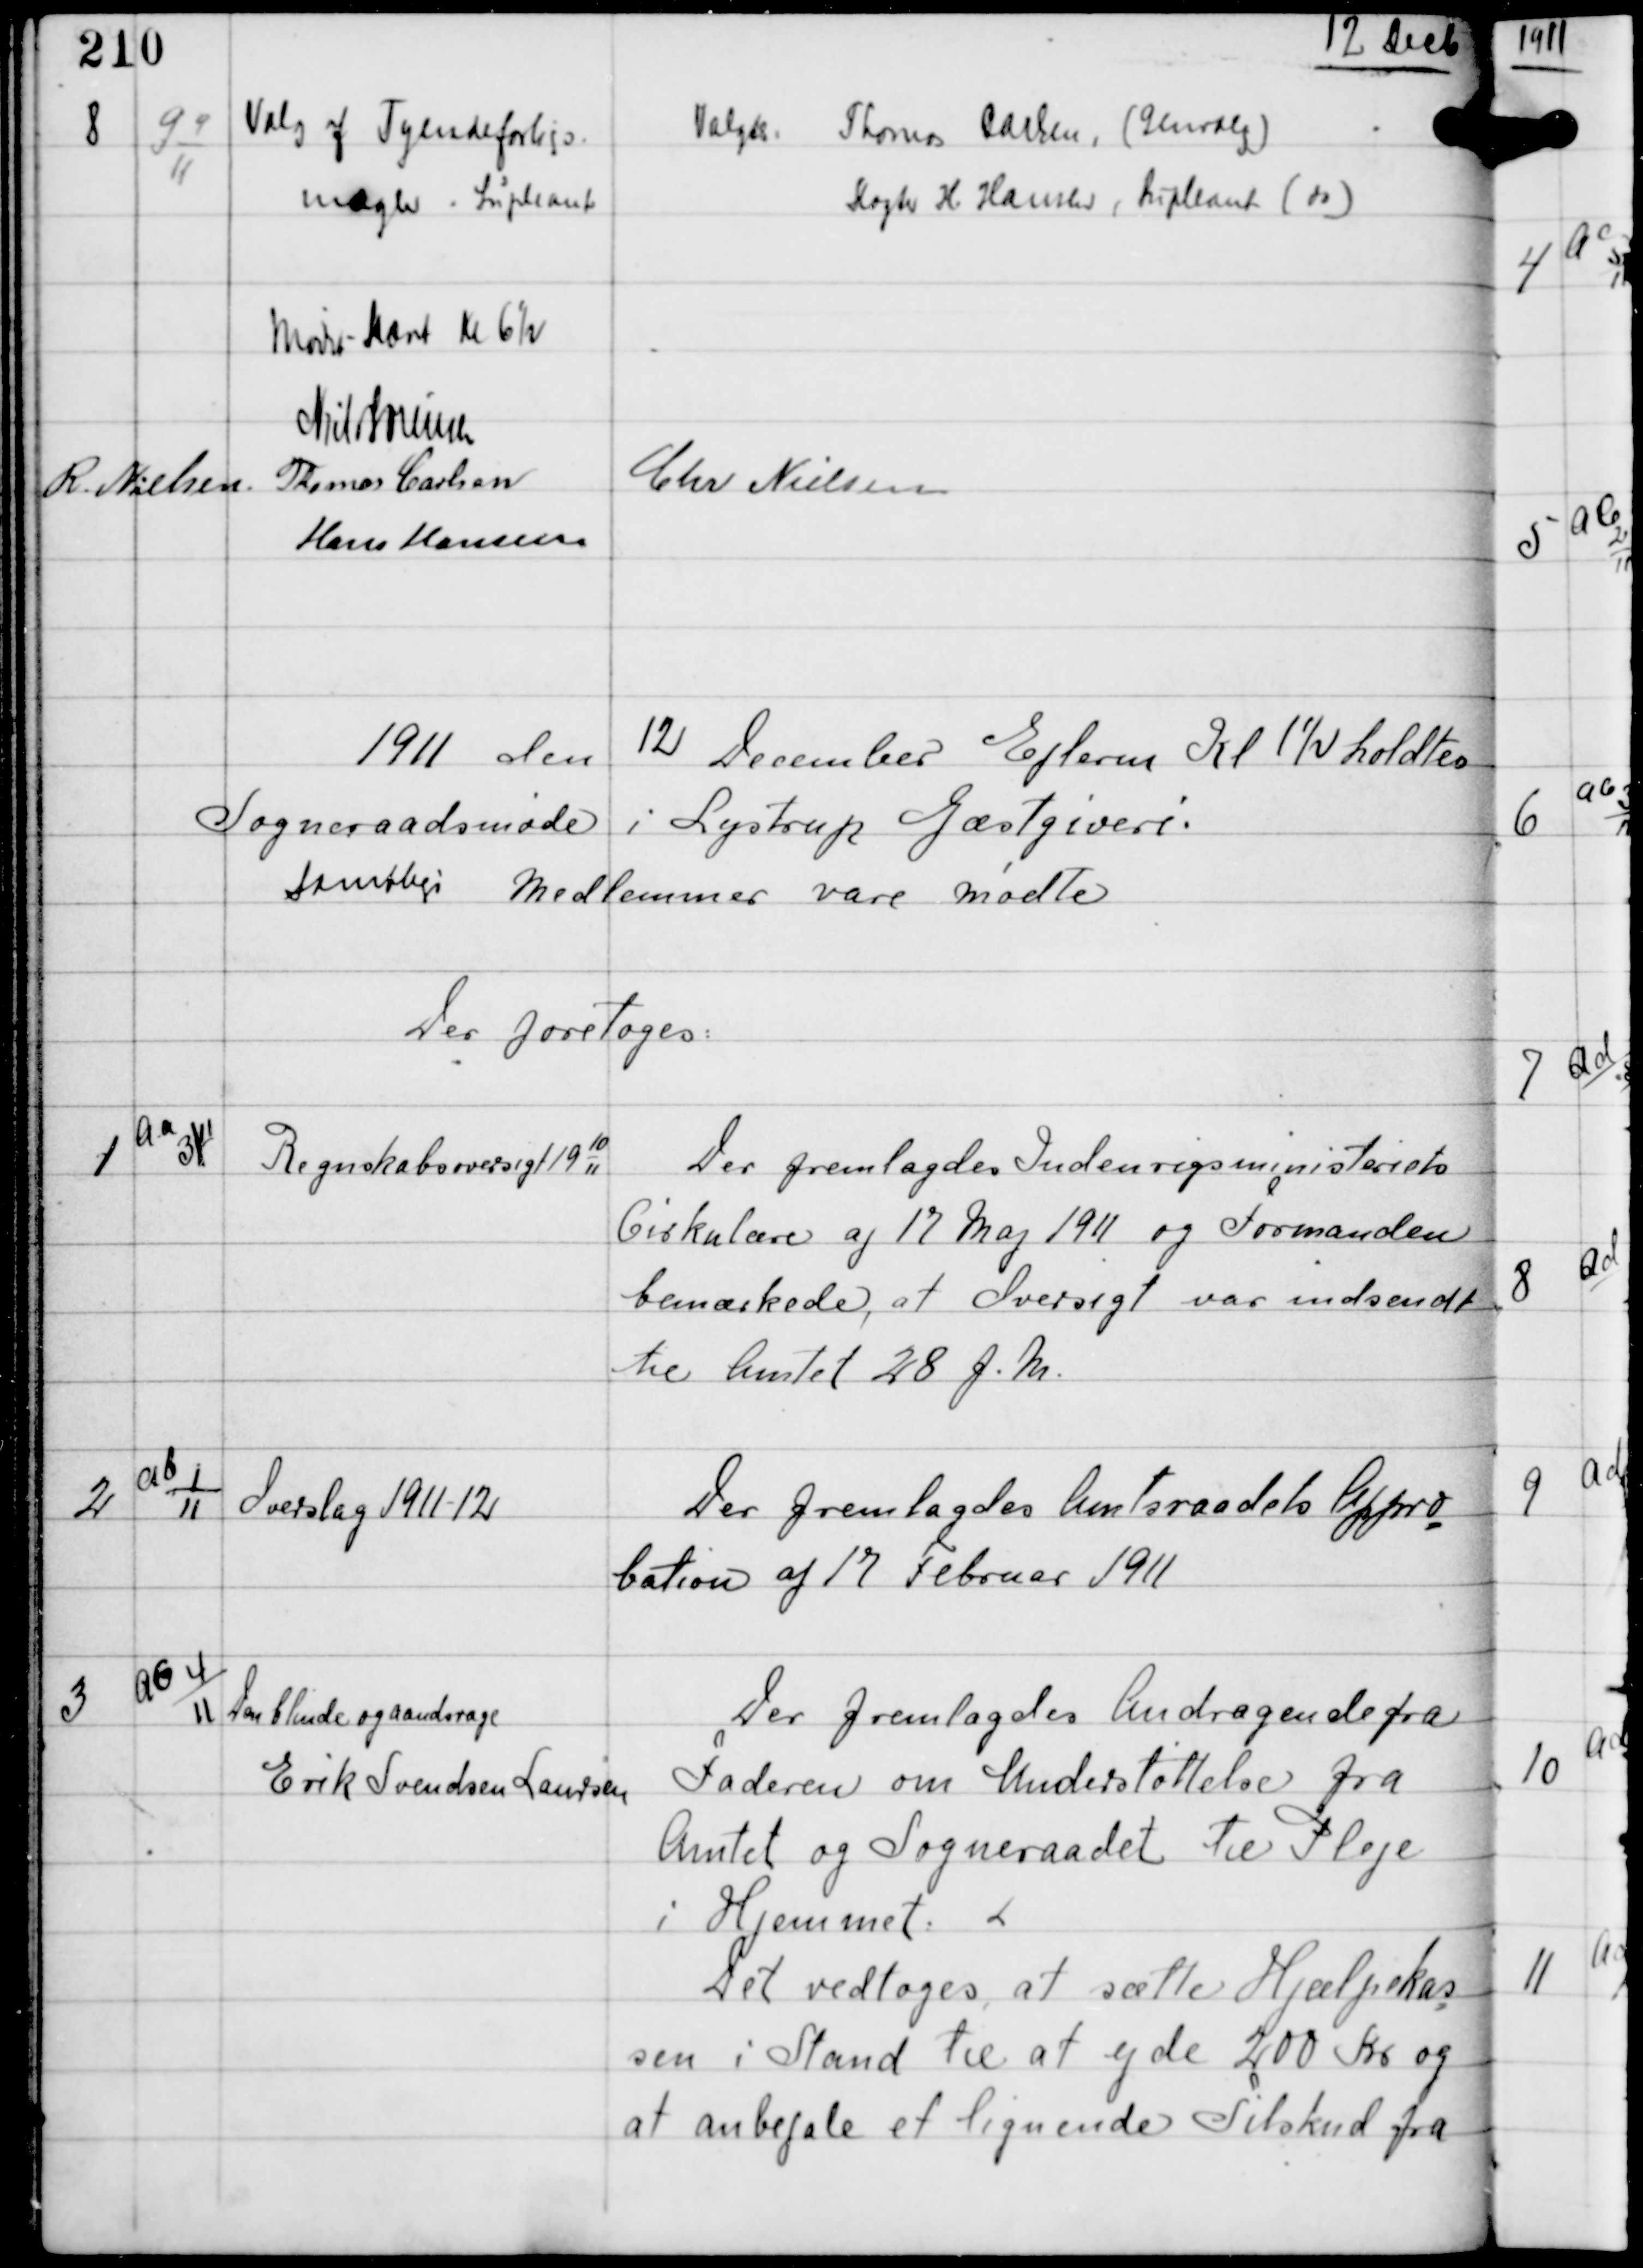
Transskription:
12 Decb

8

G 4
11

Valg af Tyendeforligs-
mægler - Supleant

Valgtes:
Thomas Carlsen (Genvalg)
Slagter H. Hansen, Supleant (do)

Mødet Hævet KL 6½
Niels Sørensen
R. Nielsen Thomas Carlsen
Chr Nielsen
Hans Hansen

1911 den 12 December Efterm Kl 1½ holdtes
Sogneraadsmøde i Lystrup Gæstgiveri.
Samtlige Medlemmer vare mødte
Der foretoges:

1

Aa
3/11

Regnskabsoversigt 19
10
11

Der fremlagdes Indenrigsministeriets
Cirkulære af 17 Maj 1911 og Formanden
bemærkede, at Oversigt var indsendt
til Amtet 28 f.M.

2

Ab 1
11

Overslag 1911-12

Der fremlagdes Amtsraadets Plxxpro
bation af 17 Februar 1911

3

Ab 4
11

Den blinde og aandsvage
Erik Svendsen Laursen

Der fremlagdes Andragende fra
Faderen om Understøttelse fra
Amtet og Sogneraadet til Pleje
i Hjemmet.
Det vedtoges at sætte Hjælpekas
sen i Stand til at yde 200 Kr og
at anbefale et lignende Tilskud fra